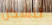
تتشكل